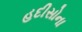
હદીસોના